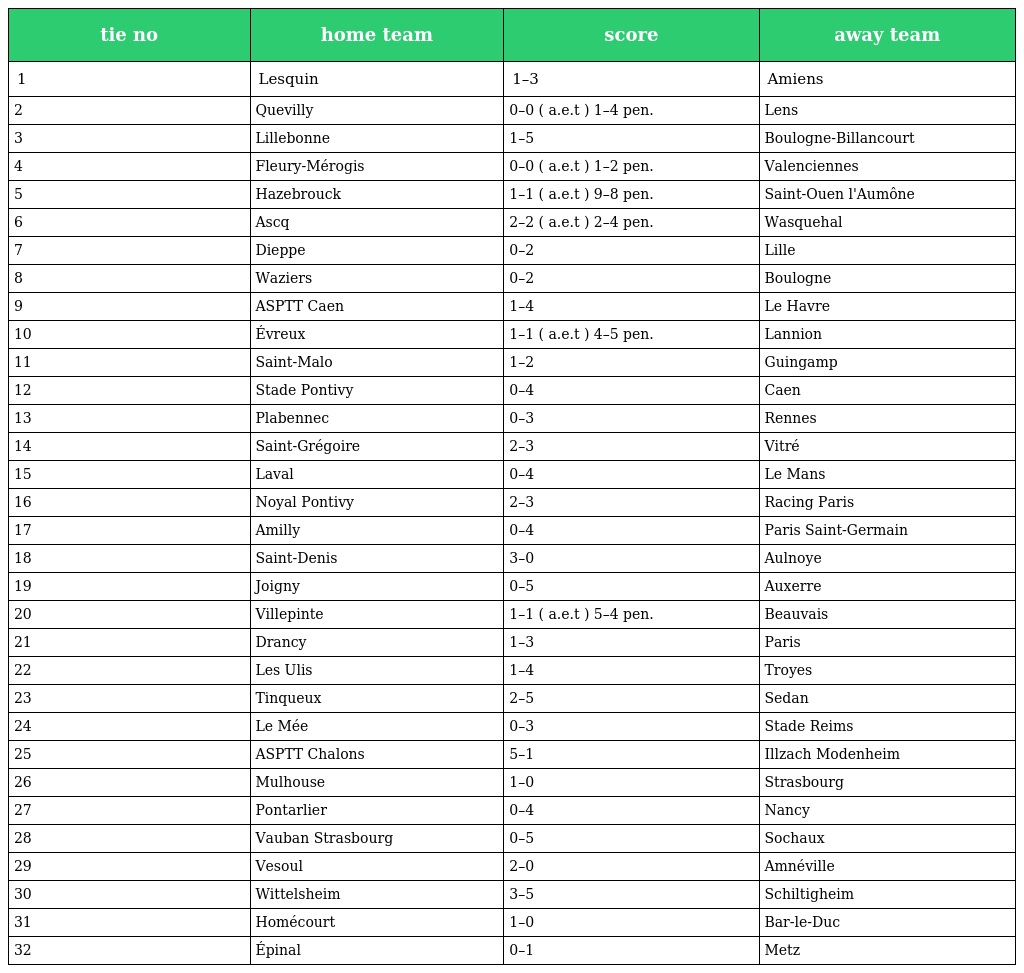
| tie no | home team | score | away team |
 | --- | --- | --- | --- |
 | 1 | Lesquin | 1–3 | Amiens |
 | 2 | Quevilly | 0–0 ( a.e.t ) 1–4 pen. | Lens |
 | 3 | Lillebonne | 1–5 | Boulogne-Billancourt |
 | 4 | Fleury-Mérogis | 0–0 ( a.e.t ) 1–2 pen. | Valenciennes |
 | 5 | Hazebrouck | 1–1 ( a.e.t ) 9–8 pen. | Saint-Ouen l'Aumône |
 | 6 | Ascq | 2–2 ( a.e.t ) 2–4 pen. | Wasquehal |
 | 7 | Dieppe | 0–2 | Lille |
 | 8 | Waziers | 0–2 | Boulogne |
 | 9 | ASPTT Caen | 1–4 | Le Havre |
 | 10 | Évreux | 1–1 ( a.e.t ) 4–5 pen. | Lannion |
 | 11 | Saint-Malo | 1–2 | Guingamp |
 | 12 | Stade Pontivy | 0–4 | Caen |
 | 13 | Plabennec | 0–3 | Rennes |
 | 14 | Saint-Grégoire | 2–3 | Vitré |
 | 15 | Laval | 0–4 | Le Mans |
 | 16 | Noyal Pontivy | 2–3 | Racing Paris |
 | 17 | Amilly | 0–4 | Paris Saint-Germain |
 | 18 | Saint-Denis | 3–0 | Aulnoye |
 | 19 | Joigny | 0–5 | Auxerre |
 | 20 | Villepinte | 1–1 ( a.e.t ) 5–4 pen. | Beauvais |
 | 21 | Drancy | 1–3 | Paris |
 | 22 | Les Ulis | 1–4 | Troyes |
 | 23 | Tinqueux | 2–5 | Sedan |
 | 24 | Le Mée | 0–3 | Stade Reims |
 | 25 | ASPTT Chalons | 5–1 | Illzach Modenheim |
 | 26 | Mulhouse | 1–0 | Strasbourg |
 | 27 | Pontarlier | 0–4 | Nancy |
 | 28 | Vauban Strasbourg | 0–5 | Sochaux |
 | 29 | Vesoul | 2–0 | Amnéville |
 | 30 | Wittelsheim | 3–5 | Schiltigheim |
 | 31 | Homécourt | 1–0 | Bar-le-Duc |
 | 32 | Épinal | 0–1 | Metz |